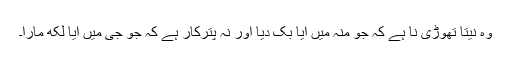
وہ نیتا تھوڑی نا ہے کہ جو منہ میں آیا بک دیا اور نہ پترکار ہے کہ جو جی میں آیا لکھ مارا۔